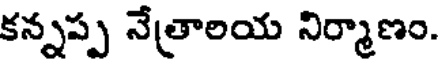
కన్నప్ప నేత్రాలయ నిర్మాణం.